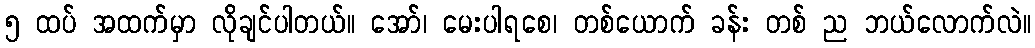
၅ ထပ် အထက်မှာ လိုချင်ပါတယ်။ အော်၊ မေးပါရစေ၊ တစ်ယောက် ခန်း တစ် ည ဘယ်လောက်လဲ။